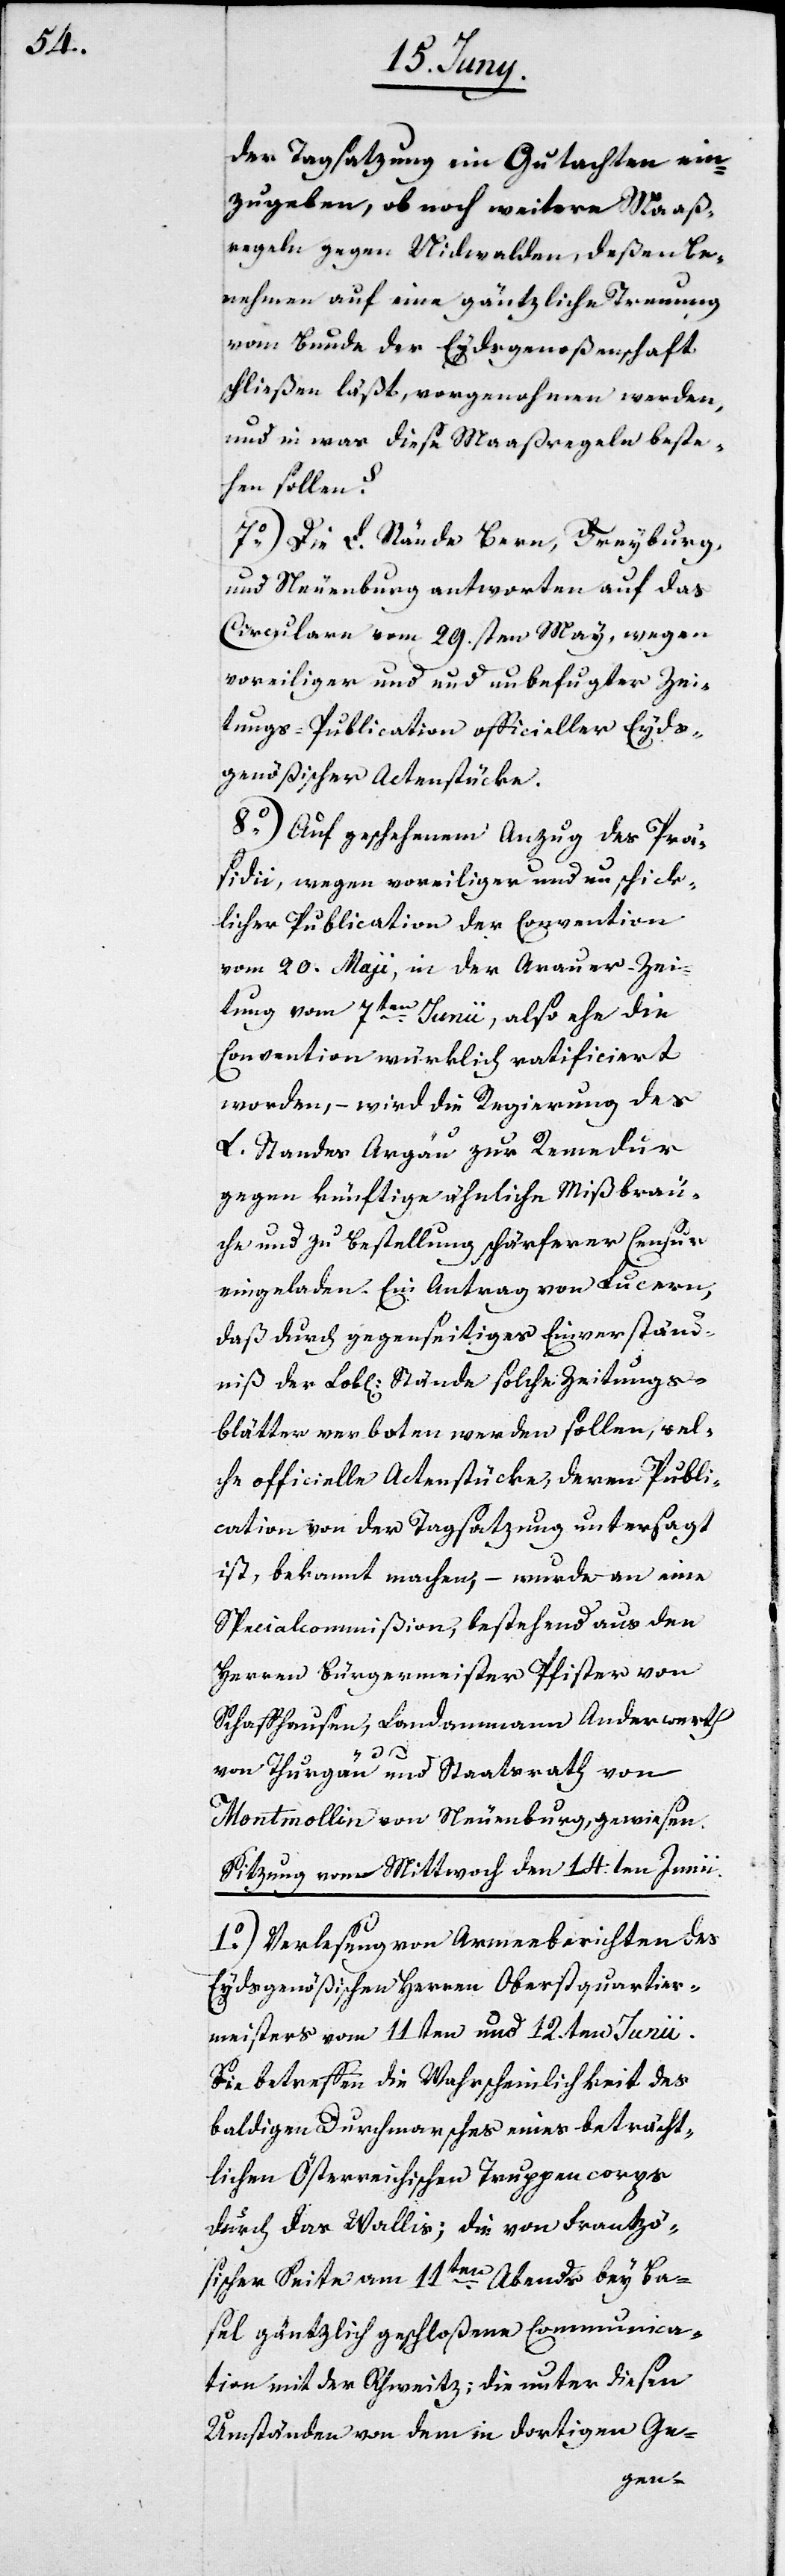
der Tagsatzung ein Gutachten ein¬
zugeben, ob noch weitere Maaß¬
regeln gegen Nidwalden, deßen Be¬
nehmen auf eine gäntzliche Trennung
vom Bunde der Eydsgenoßenschaft
schließen läßt, vorgenohmen werden,
und in was diese Maaßregeln beste¬
hen sollen?
7o) Die L. Stände Bern, Freyburg,
und Neuenburg antworten auf das
Circulare vom 29.sten May, wegen
voreiliger und unbefugter Zei¬
tungs-Publication officieller Eyds¬
genößischer Actenstücke.
8o) Auf geschehenem Anzug des Prä¬
sidii, wegen voreiliger und unschick¬
licher Publication der Convention
vom 20. Maji, in der Arauer-Zei¬
tung vom 7ten Junii, also ehe die
Convention würklich ratificiert
worden, – wird die Regierung des
L. Standes Argäu zur Remedur
gegen künftige ähnliche Mißbräu¬
che und zu Bestellung schärferer Censur
eingeladen. Ein Antrag von Lucern,
daß durch gegenseitiges Einverständ¬
niß der Lob[lichen] Stände solche Zeitungs¬
blätter verboten werden sollen, wel¬
che officielle Actenstücke, deren Publi¬
cation von der Tagsatzung untersagt
ist, bekannt machen, – wurde an eine
Specialcommißion, bestehend aus den
Herren Bürgermeister Pfister von
Schaffhausen, Landammann Anderwerth
von Thurgau und Staatsrath von
Montmollin von Neuenburg, gewiesen.
Sitzung vom Mittwoch den 14.ten Junii.
1o) Verlesung von Armeeberichten des
Eydsgenößischen Herren Oberstquartier¬
meisters vom 11ten und 12.ten Junii.
Sie betreffen die Wahrscheinlichkeit des
baldigen Durchmarschplans eines beträcht¬
lichen Österreichischen Truppencorps
durch das Wallis; die von Frantzö¬
sischer Seite am 11ten Abends bey Ba¬
sel gäntzlich geschloßene Communica¬
tion mit der Schweiz: die unter diesen
Umständen von dem in dortigen Ge-